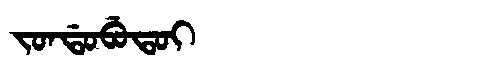
Manchu: ᠵᠣᠨᡩᠣᠪᡠᡨᠣᡳ
Romanization: JONDOBUTOI